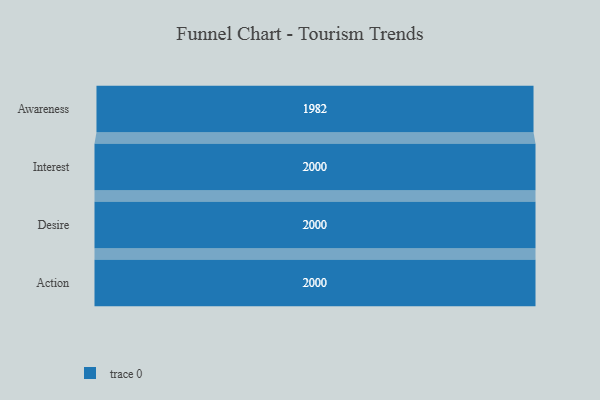
{"axis": {"x": "Stage", "y": "Value"}, "legend": [""], "data": [{"x": "Awareness", "y": 1982.0, "type": ""}, {"x": "Interest", "y": 2000, "type": ""}, {"x": "Desire", "y": 2000, "type": ""}, {"x": "Action", "y": 2000, "type": ""}]}